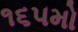
૧૬૫મો